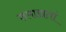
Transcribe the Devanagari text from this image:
तपासतां